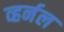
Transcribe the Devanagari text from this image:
व्हर्नल